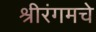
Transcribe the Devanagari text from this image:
श्रीरंगमचे